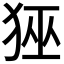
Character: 𭸊